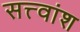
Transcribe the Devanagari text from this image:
सत्त्वांश